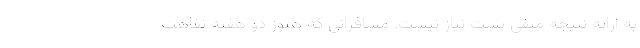
به ارائه نتیجه منفی تست نیاز نیست. مسافرانی که هنوز دو هفته نقاهت